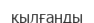
қылғанды